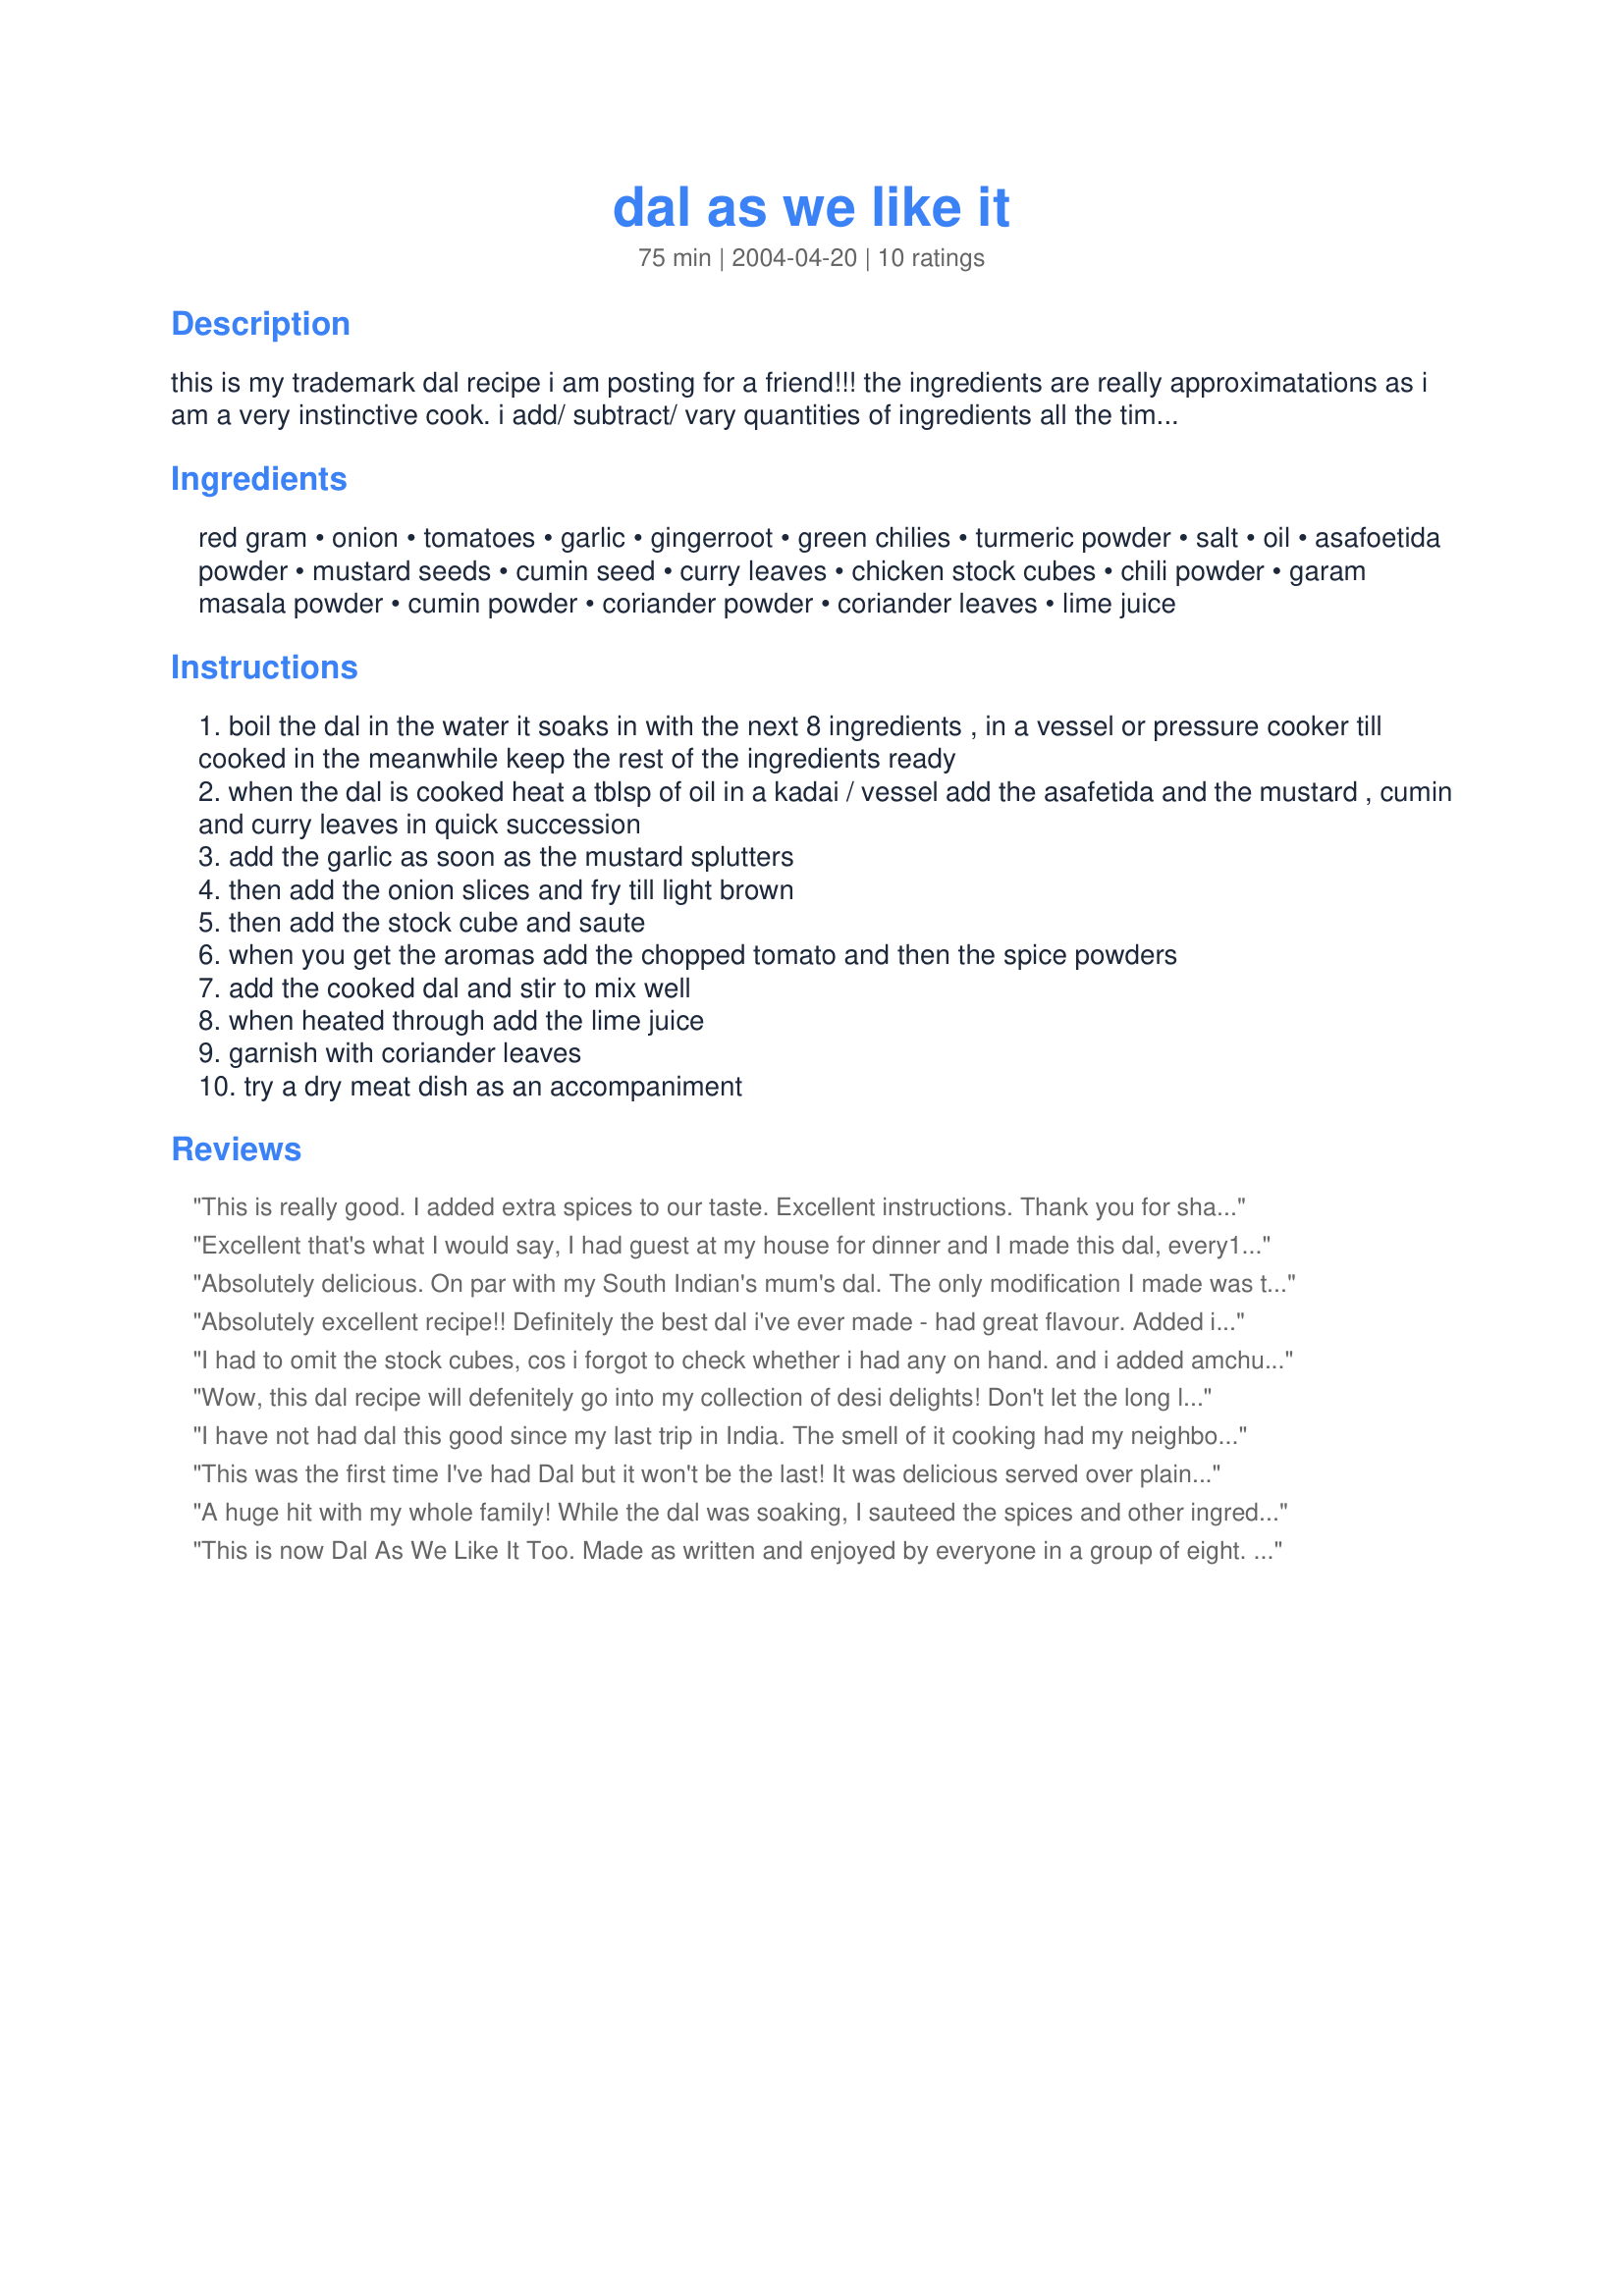
dal as we like it
Preparation time: 75 minutes

this is my trademark dal recipe i am posting for a friend!!! the ingredients are really approximatations as i am a very instinctive cook. i add/ subtract/ vary quantities of ingredients all the time for the dal to turn out just a little different each time.

Ingredients:
red gram, onion, tomatoes, garlic, gingerroot, green chilies, turmeric powder, salt, oil, asafoetida powder, mustard seeds, cumin seed, curry leaves, chicken stock cubes, chili powder, garam masala powder, cumin powder, coriander powder, coriander leaves, lime juice

Steps:
boil the dal in the water it soaks in with the next 8 ingredients , in a vessel or pressure cooker till cooked in the meanwhile keep the rest of the ingredients ready
when the dal is cooked heat a tblsp of oil in a kadai / vessel add the asafetida and the mustard , cumin and curry leaves in quick succession
add the garlic as soon as the mustard splutters
then add the onion slices and fry till light brown
then add the stock cube and saute
when you get the aromas add the chopped tomato and then the spice powders
add the cooked dal and stir to mix well
when heated through add the lime juice
garnish with coriander leaves
try a dry meat dish as an accompaniment

Reviews:
This is really good. I added extra spices to our taste. Excellent instructions. Thank you for sharing dal the way you like it.
Excellent that's what I would say, I had guest at my house for dinner and I made this dal, every1 loved it. Good idea to put chicken stock cube, it brings out a diffent flavour althogether.
Absolutely delicious. On par with my South Indian's mum's dal. The only modification I made was to reduce the amount of dal by 1/2 but keep the spices at the same quantity. I also put some chopped red pepper in a seperate bowl within the pressure cooker and added the cooked red pepper just before adding the cooked dal to the pan. I did miss out the green chillies as I wanted my kids to eat it but next time I will experiment by adding one green chilli.
Absolutely excellent recipe!! Definitely the best dal i've ever made - had great flavour. Added in some shredded coconut in at the end & served with chapati. Thanks for posting (^-^)
I had to omit the stock cubes, cos i forgot to check whether i had any on hand. and i added amchur (mango powder) instead of lime juice. but on the whole, it turned out great. nice flavor. but i think i made the mistake of browning the onions too much. i guess just frying till a light brown will do.
Wow, this dal recipe will defenitely go into my collection of desi delights! Don't let the long list of spices intimidate you--the whole recipe is actuially very easy to assemble and red gram cooks very quickly. For a really authentic flavor, I also used about 2tsp amchoor powder (instead of lime juice)which is dried green mango powder--available in any Indian grocery. I also did a garlic/ginger/onion paste in my blender to save some time. This is the first dal recipe I saw that called for a stock cube and it really enhanced the flavor. A must-try recipe--thanks for posting Girl From India! :)
I have not had dal this good since my last trip in India. The smell of it cooking had my neighbor tapping on the door for a taste before it was finished! I will double the recipe and eat it with chappati instead of rice next time. Thank you Girl From India for sharing this wonderful authentic recipe!
This was the first time I've had Dal but it won't be the last! It was delicious served over plain steamed white rice alongside Octoberfest sausages. Initially I was intimidated by the long list of ingredients - but it was very easy to make. Thanx my friend Fay!
A huge hit with my whole family! While the dal was soaking, I sauteed the spices and other ingredients and then chucked the whole lot in a pot (with enough water to cook the dal) and simmered until it was done. Easy and delicious.
This is now Dal As We Like It Too. Made as written and enjoyed by everyone in a group of eight. I got all the ingredients ready before starting which made production a breeze. Girl from Indian, thanks so very much for sharing this recipe.
